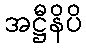
အဋ္ဌီနိပိ